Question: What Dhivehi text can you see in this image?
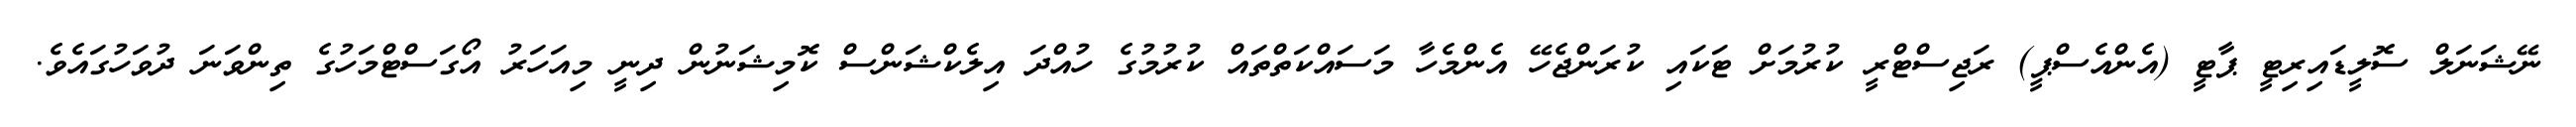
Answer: ނޭޝަނަލް ސޮލީޑައިރިޓީ ޕާޓީ (އެންއެސްޕީ) ރަޖިސްޓްރީ ކުރުމަށް ޓަކައި ކުރަންޖެހޭ އެންމެހާ މަސައްކަތްތައް ކުރުމުގެ ހުއްދަ އިލެކްޝަންސް ކޮމިޝަނުން ދިނީ މިއަހަރު އޯގަސްޓްމަހުގެ ތިންވަނަ ދުވަހުގައެވެ.